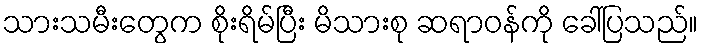
သားသမီးတွေက စိုးရိမ်ပြီး မိသားစု ဆရာဝန်ကို ခေါ်ပြသည်။